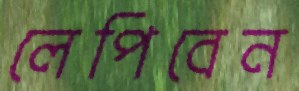
লেপিবেন